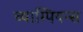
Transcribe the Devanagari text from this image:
च्याम्पियन्स